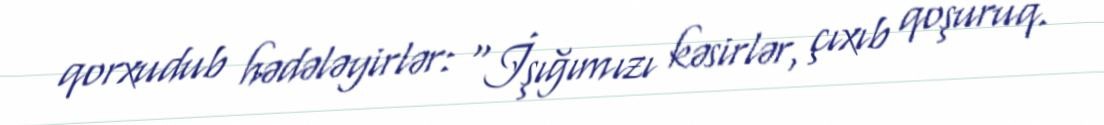
qorxudub hədələyirlər: “İşığımızı kəsirlər, çıxıb qoşuruq.